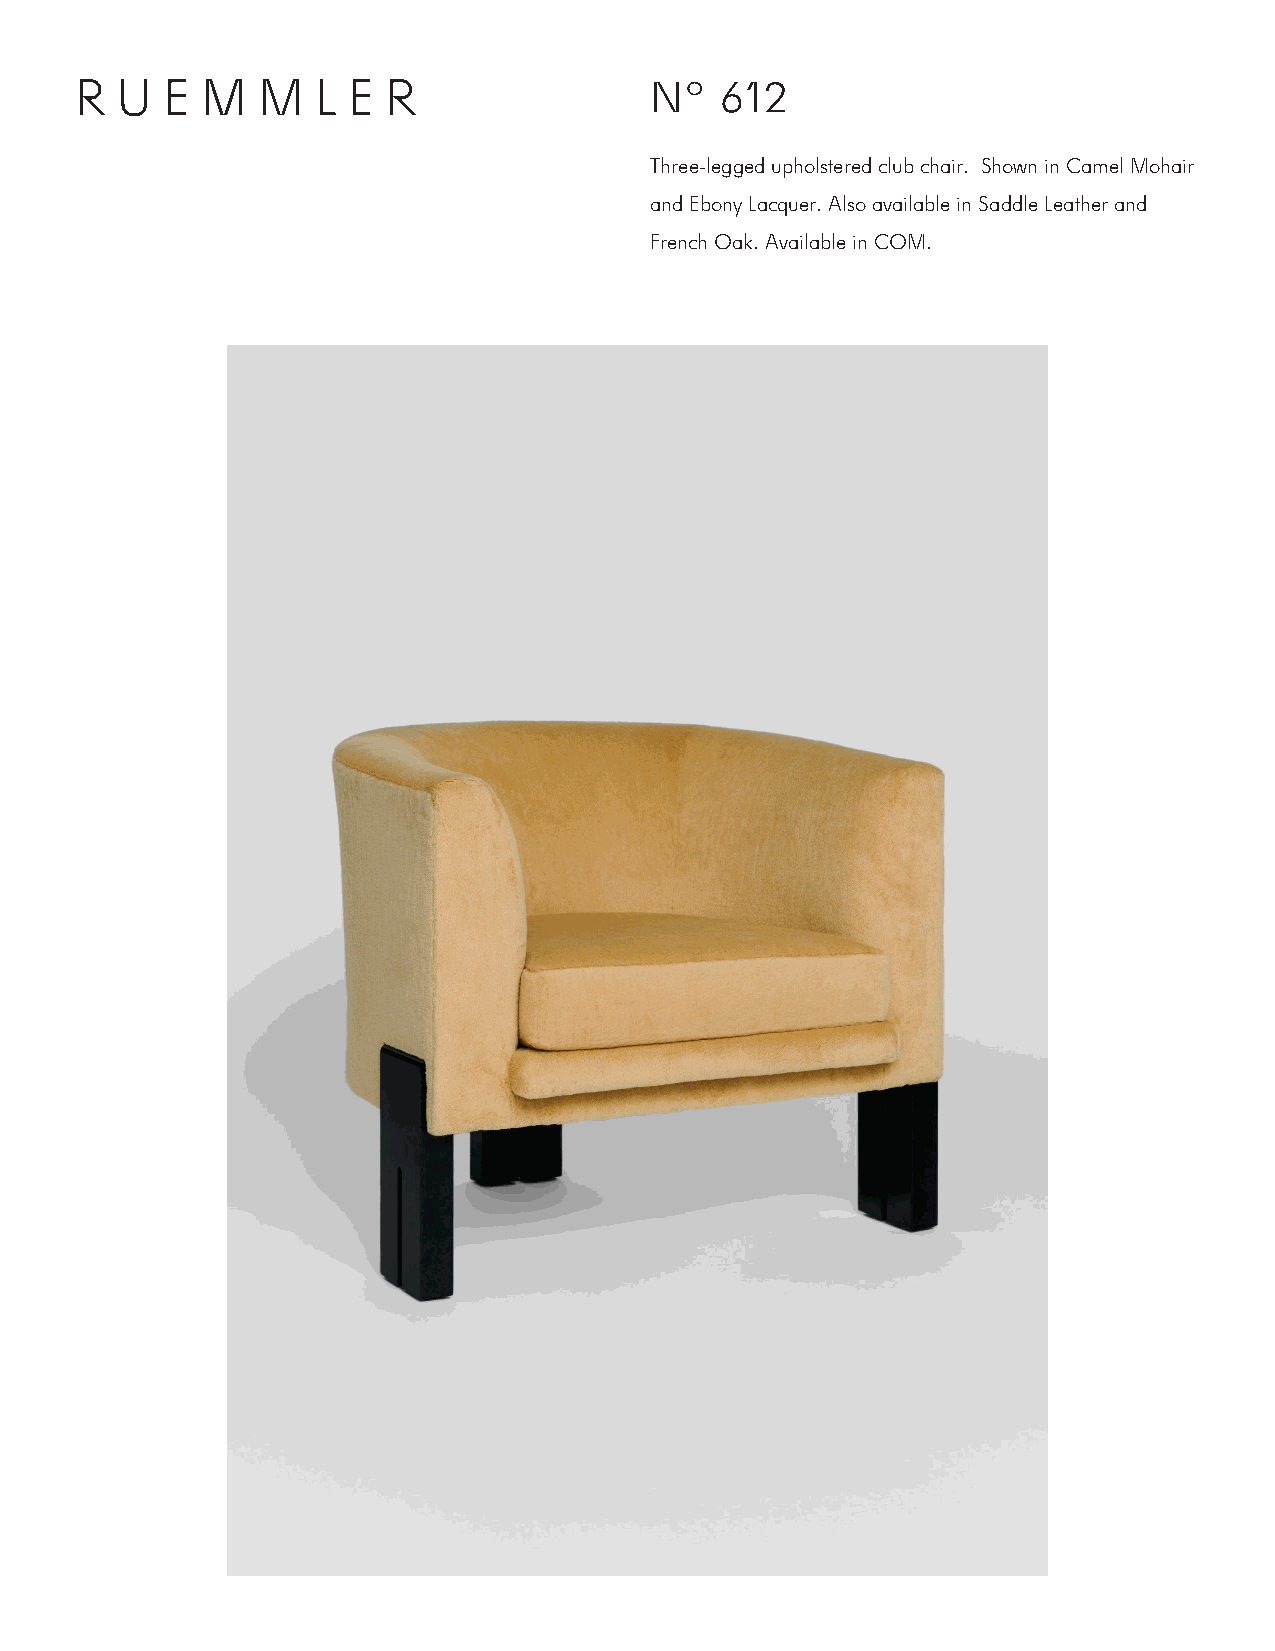
R  U  E M   M   L E  R                Nº   612
 Three-legged upholstered club chair. Shown in Camel Mohair
 and Ebony Lacquer. Also available in Saddle Leather and
 French Oak. Available in COM.